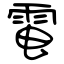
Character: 電